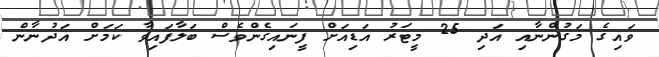
ވައިގެ މަގުންނާއި އަދި 25 މީޓަރު އަޑިއަށް ފީނައިގެންވެސް ބަލާފައިވާ ކަމަށް އަދުނާން